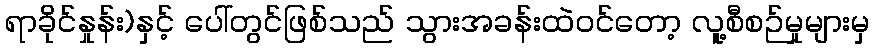
ရာခိုင်နှုန်း)နှင့် ပေါ်တွင်ဖြစ်သည် သွားအခန်းထဲဝင်တော့ လူ့စီစဉ်မှုများမှ